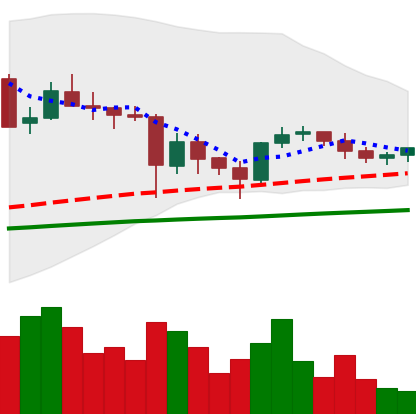
Ticker: ETC-USD
Chart end date: 2021-05-31
Forward return: -10.08%
Label: down_7plus